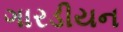
ગારડીયન